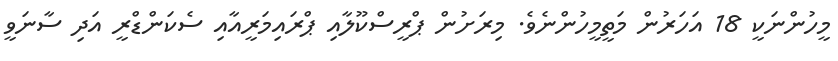
މީހުންނަކީ 18 އަހަރުން މަތީމީހުންނެވެ. މިރަށުން ޕްރީސްކޫލާއި ޕްރައިމަރީއާއި ސެކަންޑްރީ އަދި ސާނަވީ